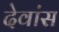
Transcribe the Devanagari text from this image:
देवांस